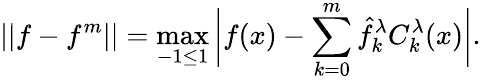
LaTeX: ||f-f^{m}||=\operatorname*{max}_{-1\leq 1}\bigg|f(x)-\sum_{k=0}^{m}\hat{f}_{k}^{\lambda}C_{k}^{\lambda}(x)\bigg|.